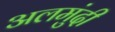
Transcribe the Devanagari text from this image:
अलमुंदी